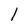
Character: I